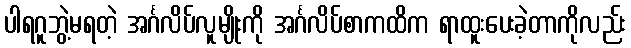
ပါရဂူဘွဲ့မရတဲ့ အင်္ဂလိပ်လူမျိုးကို အင်္ဂလိပ်စာကထိက ရာထူးပေးခဲ့တာကိုလည်း